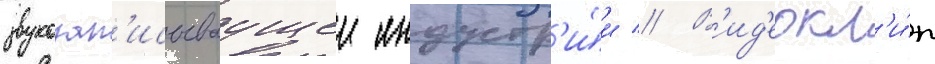
звукозап'исываущеи индустр'и́и // В'ид'еокл'и́п